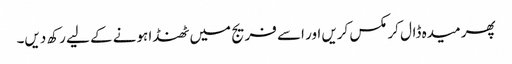
پھر میدہ ڈال کر مکس کریں اور اسے فریج میں ٹھنڈا ہونے کے لیے رکھ دیں۔